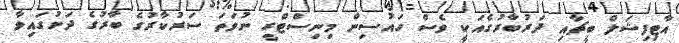
އާޓިފިޝަލް ބީޗާއި ދަރުބާރުގެއަކީ ވެސް ހައުސިން މިނިސްޓްރީ ނުވަތަ ސަރުކާރުގެ ބާރުގެ ދަށުގައިވާ